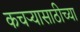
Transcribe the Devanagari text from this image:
कचऱ्यासाठीच्या